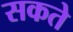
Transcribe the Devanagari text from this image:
सकते